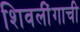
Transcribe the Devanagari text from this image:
शिवलींगाची